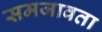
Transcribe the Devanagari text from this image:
समजावता